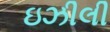
ઇઝીલી